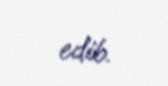
edib.